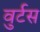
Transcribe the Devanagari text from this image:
वुर्टस